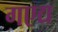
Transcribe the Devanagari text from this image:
गएद्य